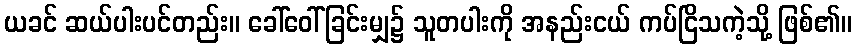
ယခင် ဆယ်ပါးပင်တည်း။ ခေါ်ဝေါ်ခြင်းမျှ၌ သူတပါးကို အနည်းငယ် ကပ်ငြိသကဲ့သို့ ဖြစ်၏။